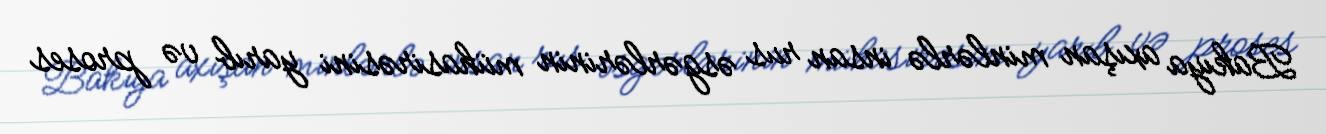
Bakıya axışan minlərlə insan rus əsgərlərinin mühasirəsini yarıb və proses